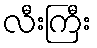
လီးကြီး